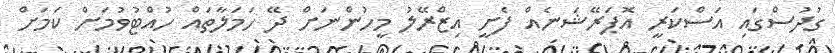
ގުދުސްގައި އަސްކަރީ އޮޕަރޭޝަނެެއް ފެށީ އިޒްރޭލު މީހުންނަށް ދޭ ހަމަލާތައް ހުއްޓުވުމަށް ކަމަށް